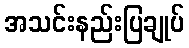
အသင်းနည်းပြချုပ်